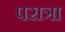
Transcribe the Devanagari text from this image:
परात्रा